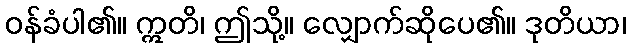
ဝန်ခံပါ၏။ ဣတိ၊ ဤသို့။ လျှောက်ဆိုပေ၏။ ဒုတိယာ၊